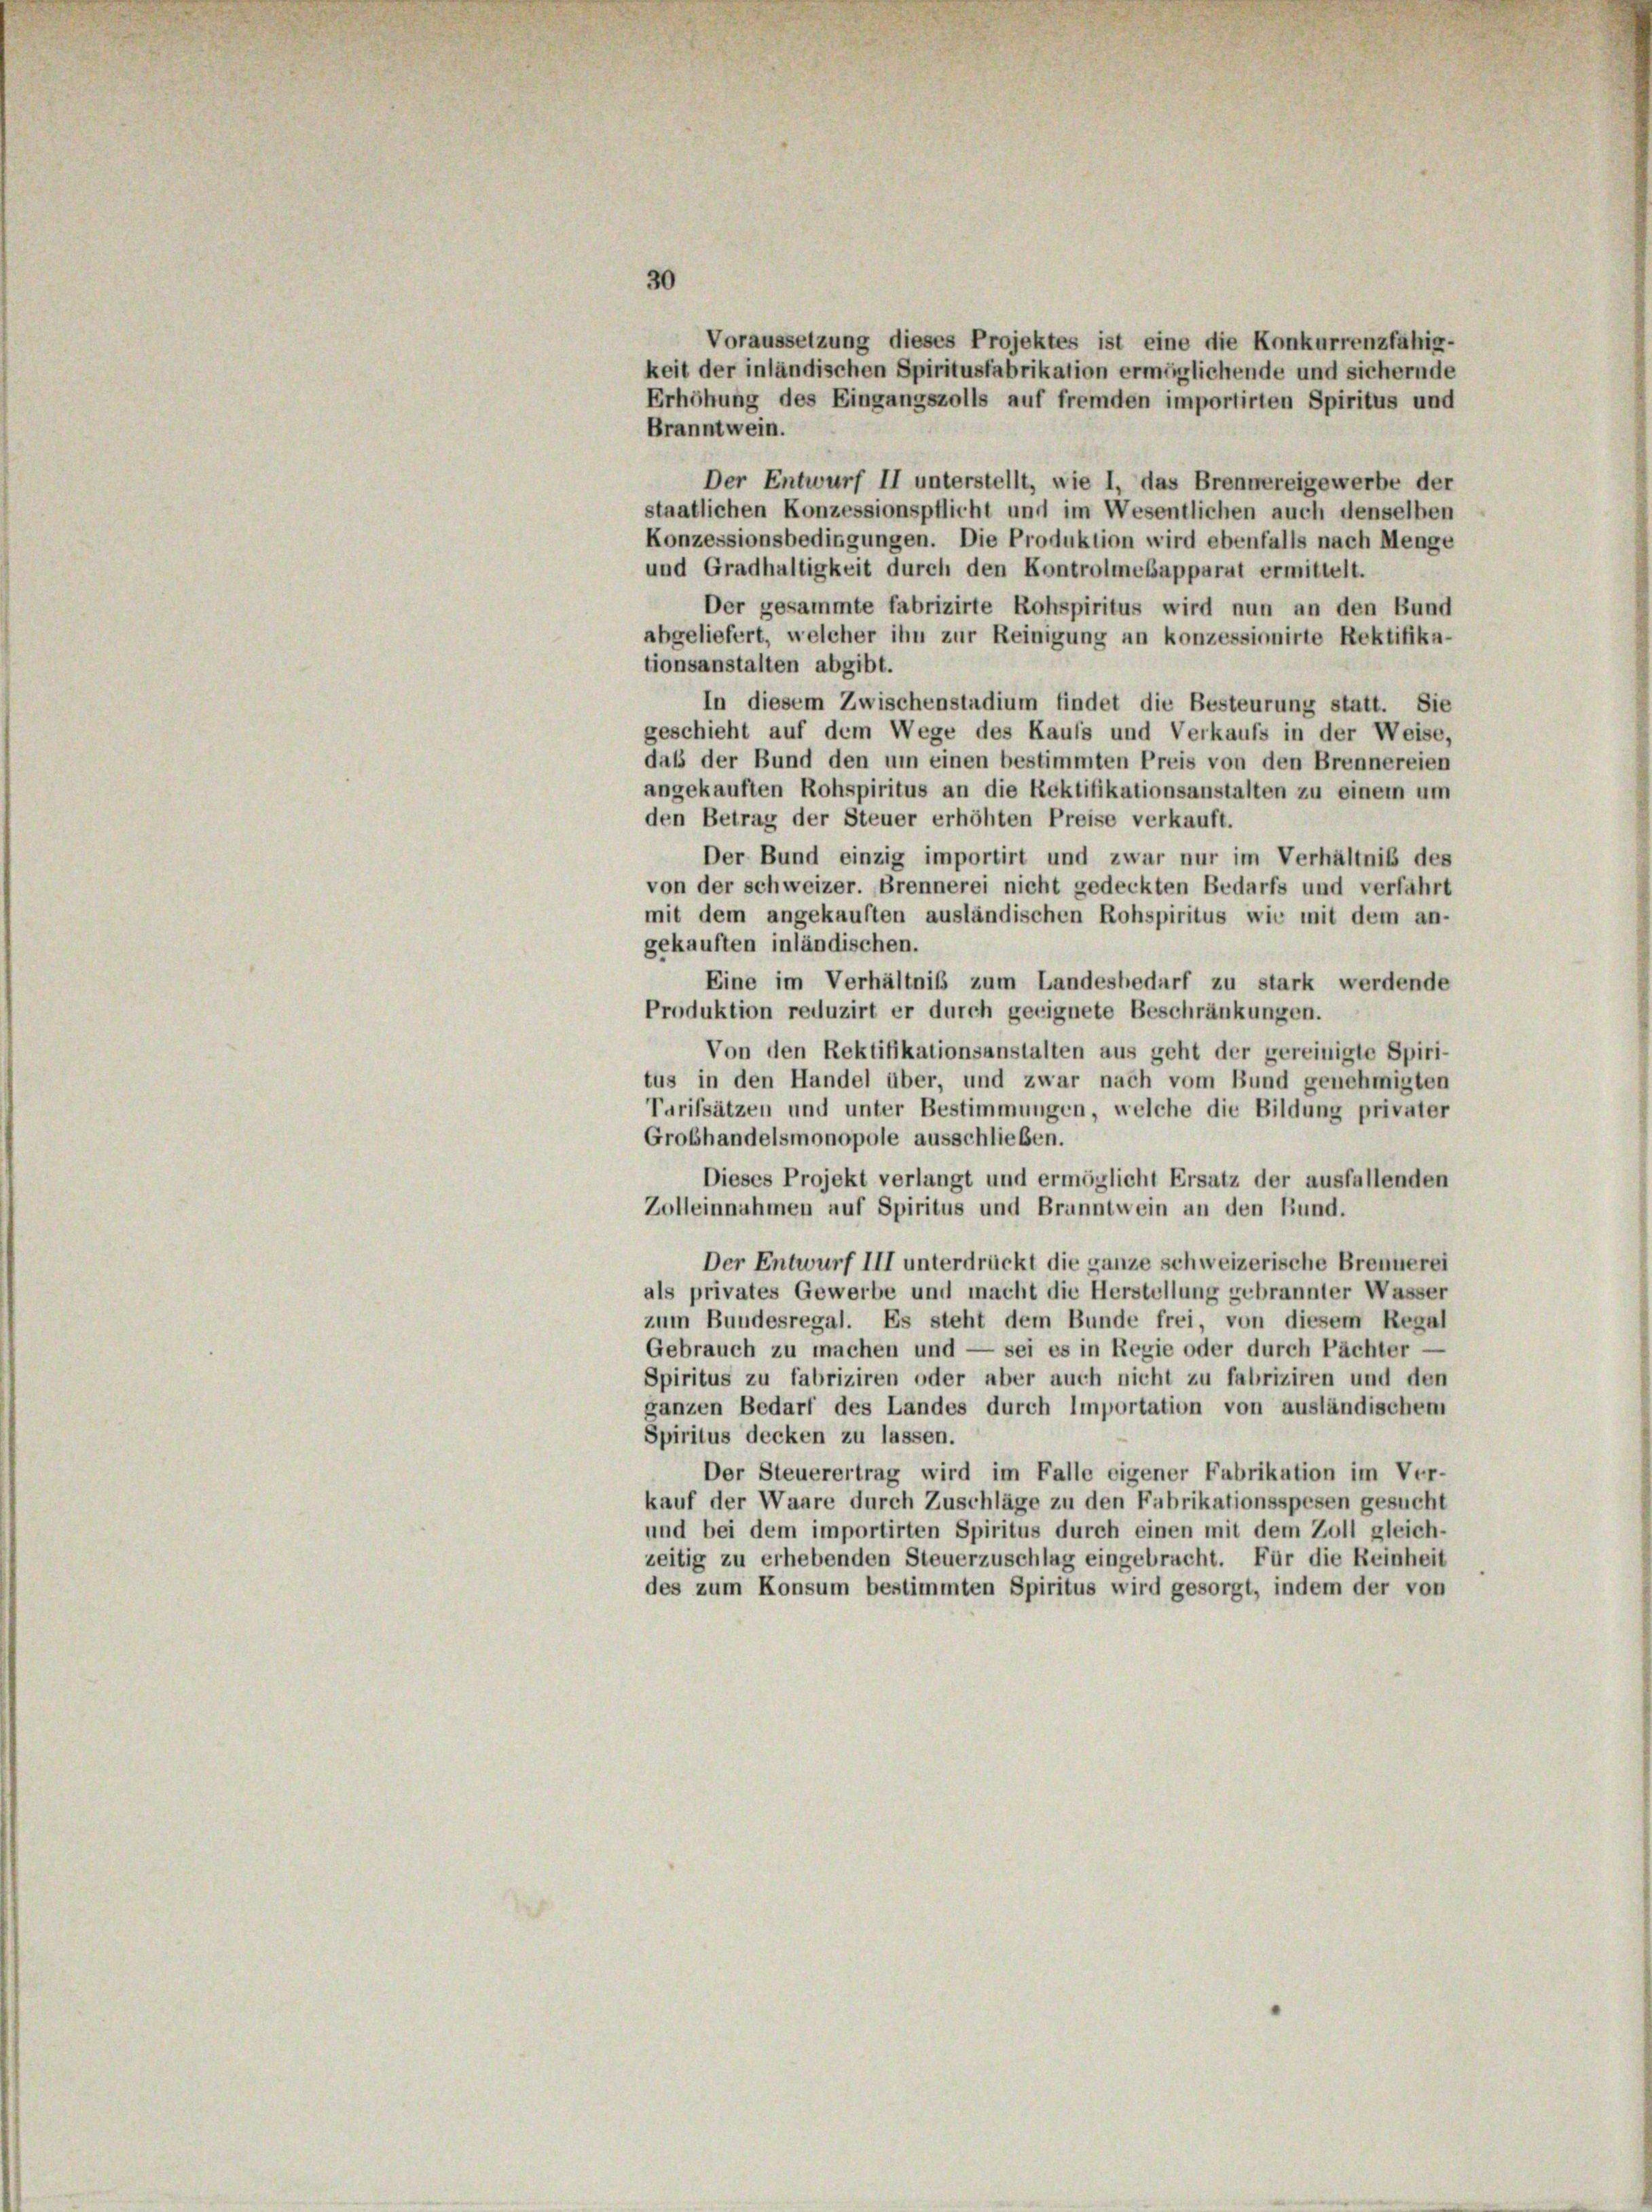
Voraussetzung dieses Projektes ist eine die Konkurrenzfähig-
keit der inländischen Spiritusfabrikation ermöglichende und sichernde
Erhöhung des Eingangszolls auf fremden importirten Spiritus und
Branntwein.
Der Entwurf II unterstellt, wie 1, das Brennereigewerbe der
staatlichen Konzessionspflicht und im Wesentlichen auch denselben
Konzessionsbedingungen. Die Produktion wird ebenfalls nach Menge
und Gradhaltigkeit durch den Kontrolmebapparat ermittelt.
Der gesammte fabrizirte Rohspiritus wird nun an den Bund
abgeliefert, welcher ihn zur Reinigung an konzessionirte Rektifika-
tionsanstalten abgibt.
In diesem Zwischenstadium findet die Besteurung statt. Sie
geschieht auf dem Wege des Kaufs und Verkaufs in der Weise,
daß der Bund den um einen bestimmten Preis von den Brennereien
angekauften Rohspiritus an die Rektifikationsanstalten zu einem um
den Betrag der Steuer erhöhten Preise verkauft.
Der Bund einzig importirt und zwar nur im Verhältniß des
von der schweizer. Brennerei nicht gedeckten Bedarfs und verfährt
mit dem angekauften ausländischen Rohspiritus wie mit dem an-
gekauften inländischen.
Eine im Verhältniß zum Landesbedarf zu stark werdende
Produktion reduzirt er durch geeignete Beschränkungen.
Von den Rektifikationsanstalten aus geht der gereinigte Spiri-
tus in den Handel über, und zwar nach vom Bund genehmigten
Tarifsätzen und unter Bestimmungen, welche die Bildung privater
Grobhandelsmonopole ausschließen.
Dieses Projekt verlangt und ermöglicht Ersatz der ausfallenden
Zolleinnahmen auf Spiritus und Brunntwein an den Bund.
Der Entwurf III unterdrückt die ganze schweizerische Brennerei
als privates Gewerbe und macht die Herstellung gebrannter Wasser
zum Bundesregal. Es steht dem Bunde frei, von diesem Regal
Gebrauch zu machen und — sei es in Regie oder durch Pachter —
Spiritus zu fabriziren oder aber auch nicht zu fabriziren und den
ganzen Bedarf des Landes durch Importation von ausländischem
Spiritus decken zu lassen.
Der Steuerertrag wird im Falle eigener Fabrikation im Ver-
kauf der Waare durch Zuschläge zu den Fabrikationsspesen gesucht
und bei dem importirten Spiritus durch einen mit dem Zoll gleich-
zeitig zu erhebenden Steuerzuschlag eingebracht. Für die Reinheit
des zum Konsum bestimmten Spiritus wird gesorgt, indem der von